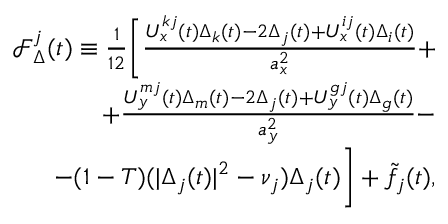
\begin{array} { r } { \mathcal { F } _ { \Delta } ^ { j } ( t ) \equiv \frac { 1 } { 1 2 } \Bigg [ \frac { U _ { x } ^ { k j } ( t ) \Delta _ { k } ( t ) - 2 \Delta _ { j } ( t ) + U _ { x } ^ { i j } ( t ) \Delta _ { i } ( t ) } { a _ { x } ^ { 2 } } + } \\ { + \frac { U _ { y } ^ { m j } ( t ) \Delta _ { m } ( t ) - 2 \Delta _ { j } ( t ) + U _ { y } ^ { g j } ( t ) \Delta _ { g } ( t ) } { a _ { y } ^ { 2 } } - } \\ { - ( 1 - T ) ( | \Delta _ { j } ( t ) | ^ { 2 } - \nu _ { j } ) \Delta _ { j } ( t ) \Bigg ] + \tilde { f } _ { j } ( t ) , } \end{array}